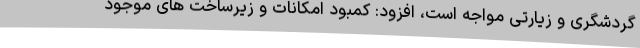
گردشگری و زیارتی مواجه است، افزود: کمبود امکانات و زیرساخت های موجود